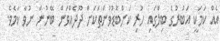
އެއް ކަމަކީ އަބުރުގެ ބިލްގައި ހުރި ކަންބޮޑުވުންތަކަށް ދޫދެއްވަން ބޭނުން ނުވާ ކަމެވެ.